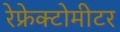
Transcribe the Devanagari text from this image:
रेफ्रेक्टोमीटर